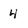
Character: 4